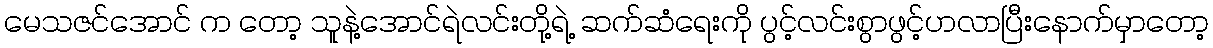
မေသဇင်အောင် က တော့ သူနဲ့အောင်ရဲလင်းတို့ရဲ့ ဆက်ဆံရေးကို ပွင့်လင်းစွာဖွင့်ဟလာပြီးနောက်မှာတော့